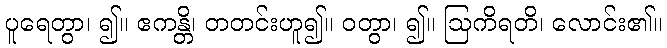
ပူရေတွာ၊ ၍။ ဧကန္တိ၊ တတင်းဟူ၍။ ဝတွာ၊ ၍။ ဩကိရတိ၊ လောင်း၏။